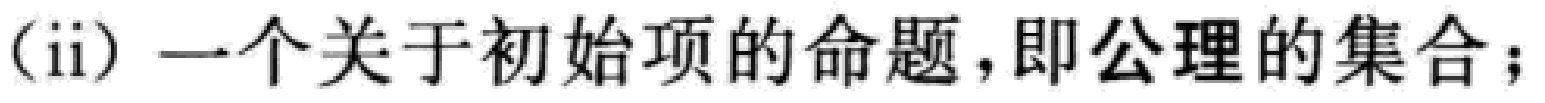
(ii) 一个关于初始项的命题，即公理的集合；